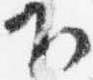
下